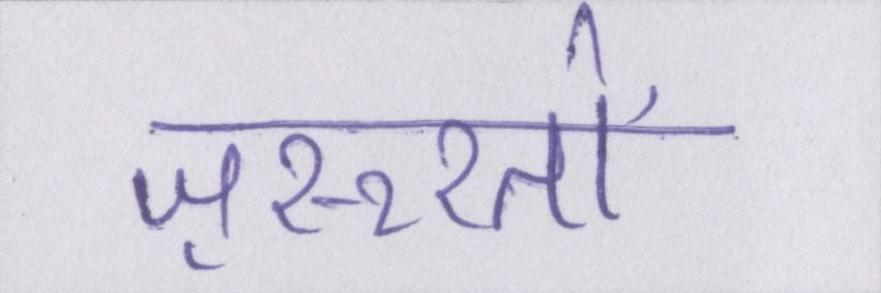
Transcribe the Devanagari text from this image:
ज़रूरतों